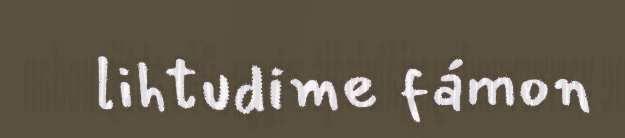
lihtudime fámon